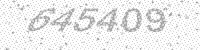
Solution: 645409